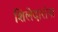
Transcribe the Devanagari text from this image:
शिलेदारांना